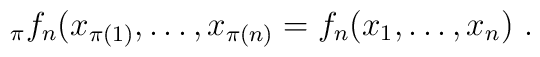
_\pi f_n(x_{\pi(1)},\ldots,x_{\pi(n)} =f_n(x_1,\ldots,x_n)\ .